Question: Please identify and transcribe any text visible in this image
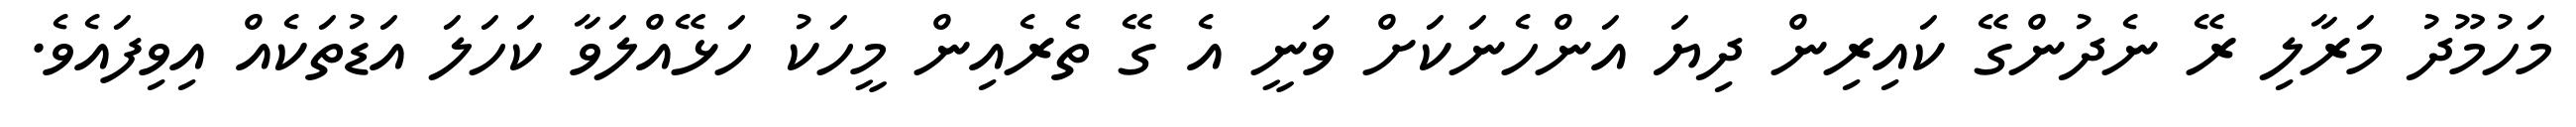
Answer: މަހުމޫދު މަރާލި ރޭ ނެދުންގޭ ކައިރިން ދިޔަ އަންހެނަކަށް ވަނީ އެ ގޭ ތެރެއިން މީހަކު ހަޅޭއްލަވާ ކަހަލަ އަޑުތަކެއް އިވިފައެވެ.